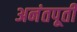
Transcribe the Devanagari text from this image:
अनंतपूर्ती